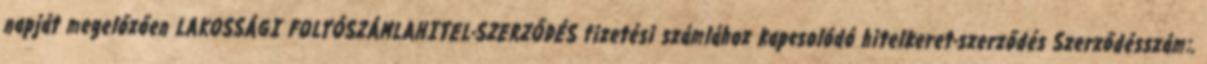
napját megelőzően LAKOSSÁGI FOLYÓSZÁMLAHITEL-SZERZŐDÉS fizetési számlához kapcsolódó hitelkeret-szerződés Szerződésszám:.